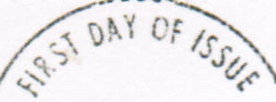
FIRST DAY OF ISSUE